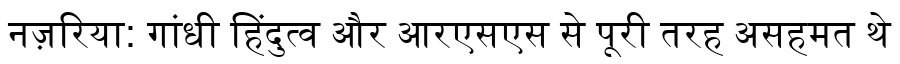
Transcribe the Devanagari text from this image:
नज़रिया: गांधी हिंदुत्व और आरएसएस से पूरी तरह असहमत थे